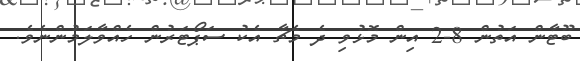
ބޫޓާން އަތުން 8-2 އިން މޮޅުވި ދެ މެޗާ އެކު ސަޕޯޓަރުން ހެއްވާލަމުންނެވެ.